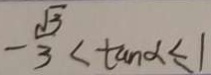
- \frac { \sqrt { 3 } } { 3 } < \tan \alpha \leq 1